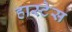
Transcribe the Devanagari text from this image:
हास्टेस